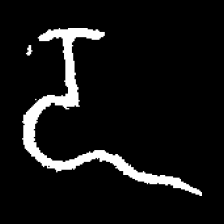
Pyu character \u2014 Myanmar letter: ဍ (romanized: dda)